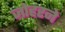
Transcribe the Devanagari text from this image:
जोहरने